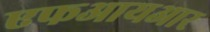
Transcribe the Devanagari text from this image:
एफआयआर